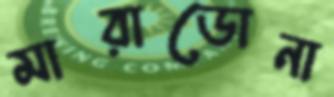
মারাডোনা